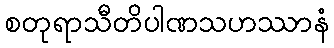
စတုရာသီတိပါဏသဟဿာနံ